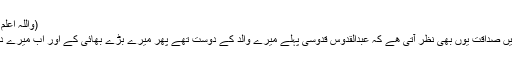
(واللہ اعلم بالصواب)
اس ںات میں صداقت یوں بھی نظر آتی ھے کہ عبدالقدوس قدوسی پہلے میرے والد کے دوست تھے پھر میرے بڑے بھائی کے اور اب میرے دوست ھیں۔